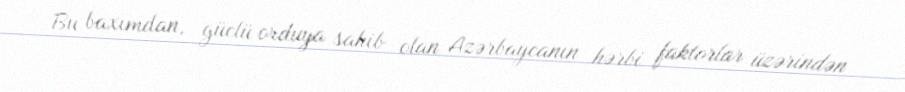
Bu baxımdan, güclü orduya sahib olan Azərbaycanın hərbi faktorlar üzərindən